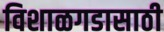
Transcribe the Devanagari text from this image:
विशाळगडासाठी